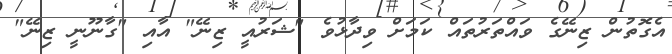
އެގޮތުން ޒިނޭގެ ވައްތަރުތައް ކަމަށް ވިދާޅުވެ "ޝަރުއީ ޒިނޭ" އާއި "ގާނޫނީ ޒިނޭ"